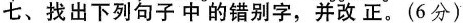
七、找出下列句子中的错别字，并改正。（6分）